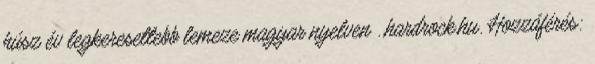
húsz év legkeresettebb lemeze magyar nyelven . hardrock.hu. Hozzáférés: